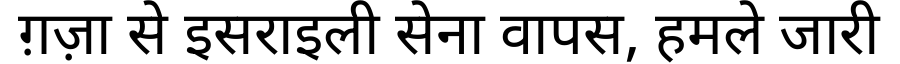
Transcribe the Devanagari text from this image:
ग़ज़ा से इसराइली सेना वापस, हमले जारी